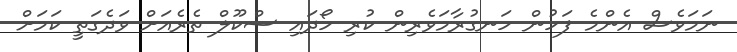
ނަމަވެސް އެންމެ ފަހުން ހަނގުރާމަވެރިން ކުރި ހޯދައި ސްކޫލް ތެރެއަށް ވަދެގަތީ ކަމަށް